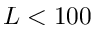
L < 1 0 0